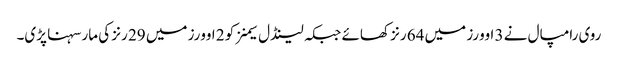
روی رامپال نے 3 اوورز میں 64 رنز کھائے جبکہ لینڈل سیمنز کو 2 اوورز میں 29 رنز کی مار سہنا پڑی۔